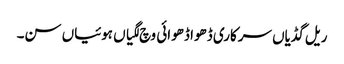
ریل گڈیاں سرکاری ڈھوا ڈھوائی وچ لگیاں ہوئیاں سن۔